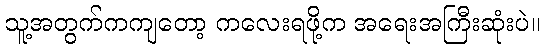
သူ့အတွက်ကကျတော့ ကလေးရဖို့က အရေးအကြီးဆုံးပဲ။